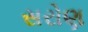
સરોણ